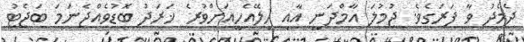
ދެމެދު ވާ ފަރަގެވެ. ޖުމުލަ އާމްދަނީ އާއި ހިލޭއެހީއަށްވުރެ ޚަރަދު ބޮޑުވެއްޖެނަމަ ބަޖެޓު